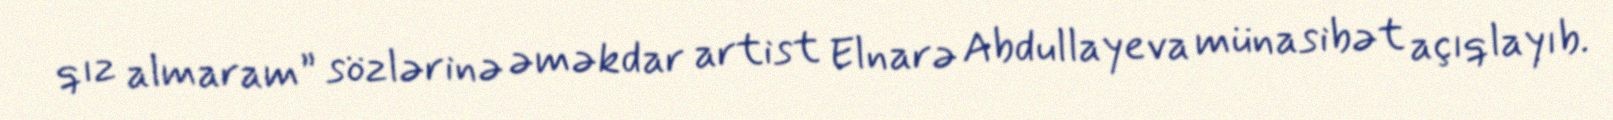
qız almaram” sözlərinə əməkdar artist Elnarə Abdullayeva münasibət açıqlayıb.